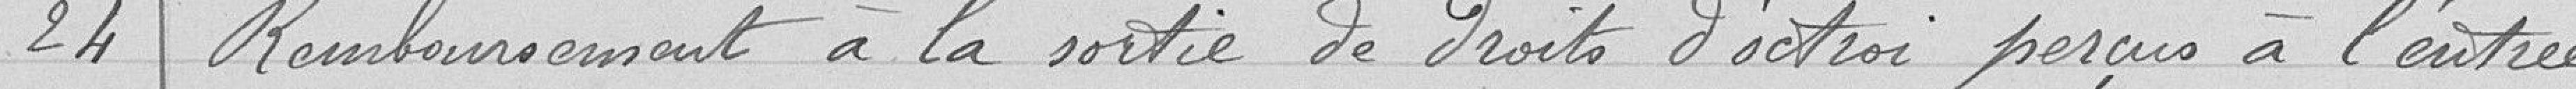
24 Remboursement à la sortie de droits d'octroi perçus à l'entrée